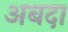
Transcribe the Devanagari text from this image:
अबदा